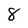
Character: 8